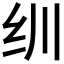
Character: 𬘓